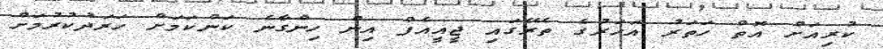
ކުރިއަށް އޮތް ހަތަރު އަހަރުގެ ތެރޭގައި ޖީއީއެފް އިން ހިންގާނެ ކަންކަމަށް ހަރަދުކުރުމަށް